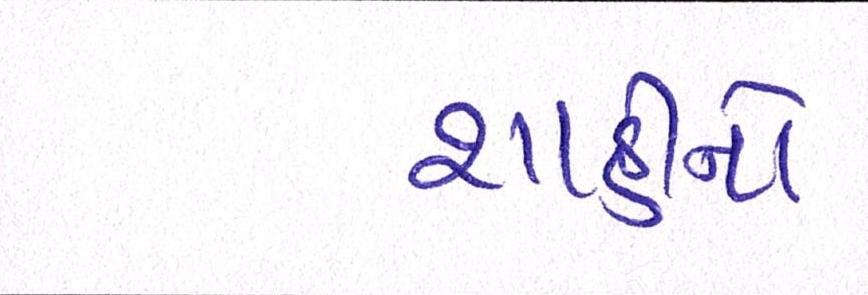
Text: શાહીનો